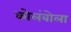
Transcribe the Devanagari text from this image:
कोलंबोला